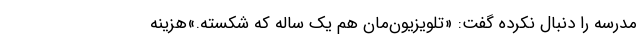
مدرسه را دنبال نکرده گفت: «تلویزیون‌مان هم یک ساله که شکسته.»هزینه